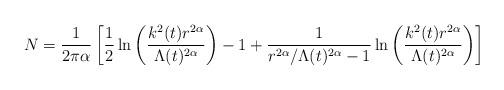
LaTeX: \begin{align*}N =\frac{1}{2 \pi\alpha}\left[\frac{1}{2}\ln \left(\frac{k^2(t) r^{2\alpha}}{\Lambda(t)^{2\alpha}}\right) -1+\frac{1}{r^{2\alpha}/\Lambda(t)^{2\alpha}-1}\ln\left(\frac{k^2(t) r^{2\alpha}}{\Lambda(t)^{2\alpha}}\right )\right]\end{align*}